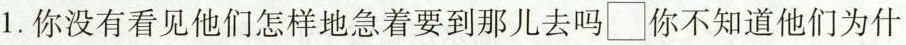
1.你没有看见他们怎样地急着要到那儿去吗\Box你不知道他们为什